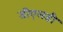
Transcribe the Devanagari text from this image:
डीएलडी